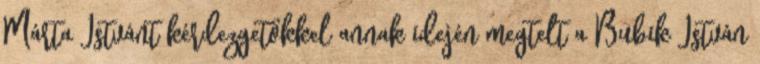
Márta Istvánt kérdezgetőkkel annak idején megtelt a Bubik István